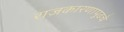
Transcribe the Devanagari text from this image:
राजकारणापुढचे